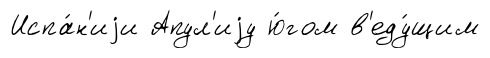
Испа́н'иjи Апул'иjу ю́гом в'еду́щим